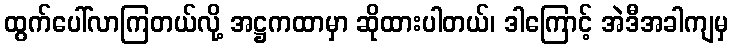
ထွက်ပေါ်လာကြတယ်လို့ အဋ္ဌကထာမှာ ဆိုထားပါတယ်၊ ဒါကြောင့် အဲဒီအခါကျမှ